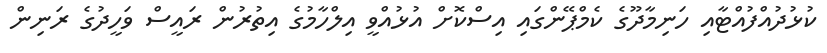
ކުޅުދުއްފުއްޓާއި ހަނިމާދޫގެ ކެމްޕޭންގައި އިސްކޮށް އުޅުއްވީ އިލްހާމުގެ އިތުރުން ރައީސް ވަހީދުގެ ރަނިން